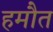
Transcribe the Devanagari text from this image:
हमौत